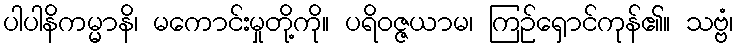
ပါပါနိကမ္မာနိ၊ မကောင်းမှုတို့ကို။ ပရိဝဇ္ဇယာမ၊ ကြဉ်ရှောင်ကုန်၏။ သဗ္ဗံ၊